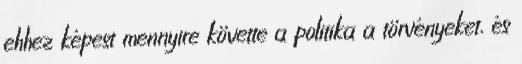
ehhez képest mennyire követte a politika a törvényeket, és